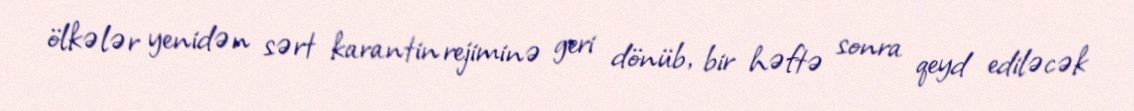
ölkələr yenidən sərt karantin rejiminə geri dönüb, bir həftə sonra qeyd ediləcək